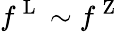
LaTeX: f^{\mathrm{~L~}}\sim f^{\mathrm{~Z~}}